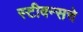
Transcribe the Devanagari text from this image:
स्टीवन्सचे